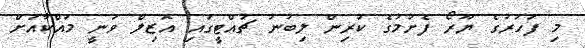
މި ފަހަރުގެ ޔޫރޯ ފެށުމުގެ ކުރިން ލިބުނު ޗުއްޓީގައި އޮޒިލް ވަނީ މައްކާއަށް